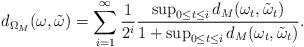
LaTeX: \begin{align*}d_{\Omega_M}(\omega,\tilde{\omega}) = \sum_{i=1}^{\infty} \frac{1}{2^i}\frac{\sup_{0\leq t\leq i}d_M(\omega_t,\tilde{\omega}_t)}{1+ \sup_{0\leq t\leq i}d_M(\omega_t,\tilde{\omega}_t)} .\end{align*}